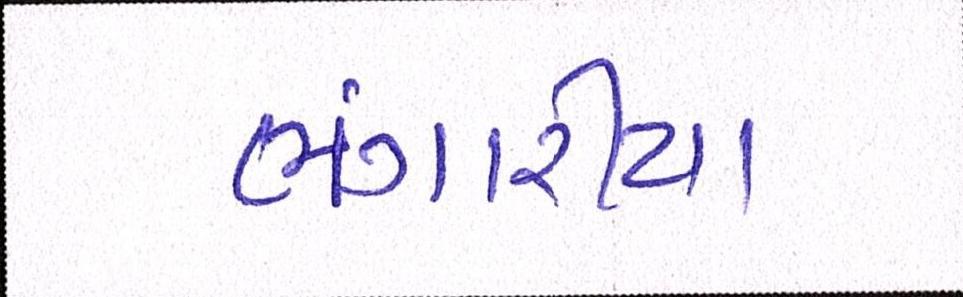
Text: ભંગારીયા